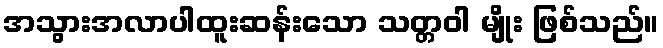
အသွားအလာပါထူးဆန်းသော သတ္တဝါ မျိုး ဖြစ်သည်။